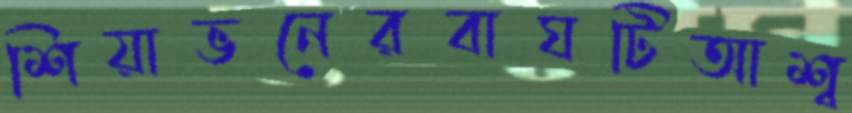
শিয়াভনেরবাঘটিআশ্ব